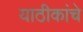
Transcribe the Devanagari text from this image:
याठीकांचे